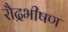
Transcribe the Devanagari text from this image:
रौद्रभीषण